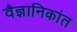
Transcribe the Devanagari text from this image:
वैज्ञानिकांत